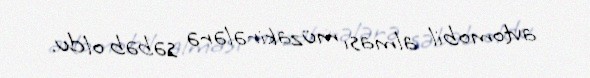
avtomobil alması müzakirələrə səbəb oldu.